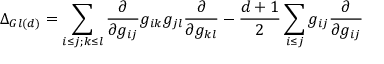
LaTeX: \Delta _ { G l ( d ) } = \sum _ { i \leq j ; k \leq l } \frac { \partial } { \partial g _ { i j } } g _ { i k } g _ { j l } \frac { \partial } { \partial g _ { k l } } - \frac { d + 1 } { 2 } \sum _ { i \leq j } g _ { i j } \frac { \partial } { \partial g _ { i j } }